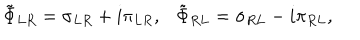
\tilde { \Phi } _ { L R } = \sigma _ { L R } + i \pi _ { L R } , \tilde { \Phi } _ { R L } = \sigma _ { R L } - i \pi _ { R L } ,